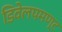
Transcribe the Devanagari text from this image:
डिवेलपमण्ट